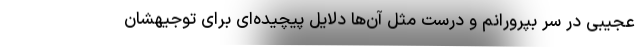
عجیبی در سر بپرورانم و درست مثل آن‌ها دلایل پیچیده‌ای برای توجیهشان